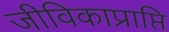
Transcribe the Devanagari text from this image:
जीविकाप्राप्ति